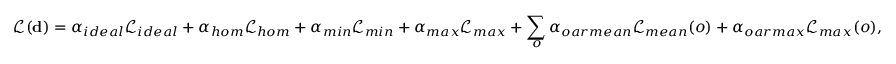
\mathcal { L } ( \mathbf { d } ) = \alpha _ { i d e a l } \mathcal { L } _ { i d e a l } + \alpha _ { h o m } \mathcal { L } _ { h o m } + \alpha _ { m i n } \mathcal { L } _ { m i n } + \alpha _ { m a x } \mathcal { L } _ { m a x } + \sum _ { o } \alpha _ { o a r m e a n } \mathcal { L } _ { m e a n } ( o ) + \alpha _ { o a r m a x } \mathcal { L } _ { m a x } ( o ) ,